Vaccination in Burma 1920-1933 - 1920-1933
Year: 1920
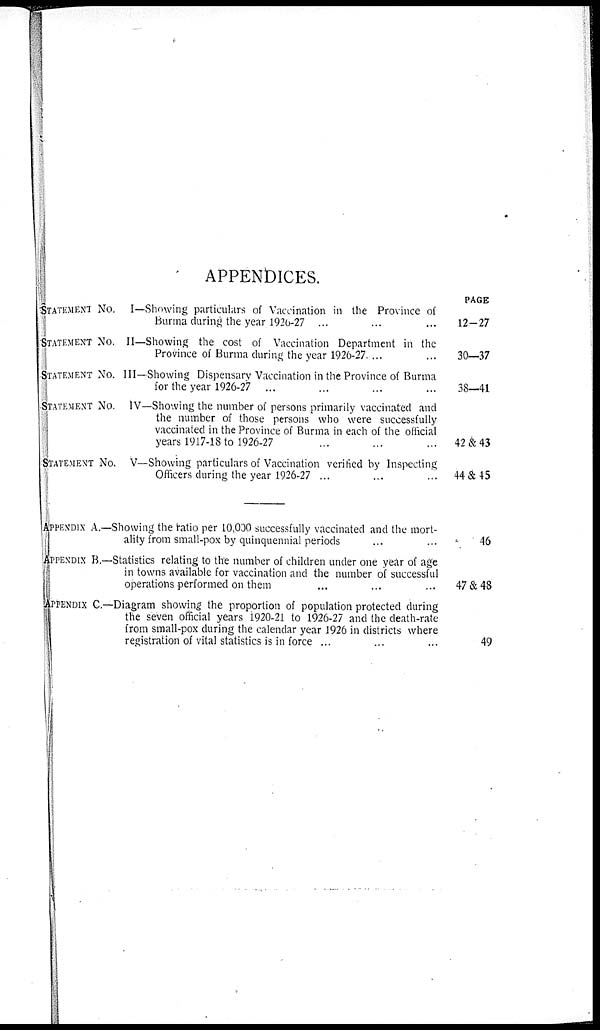
APPENDICES.
STATEMENT No. I—Showing particulars of Vaccination in the Province of
Burma during the year 1920-27 ... ... ...
STATEMENT No. II—Showing the cost of Vaccination Department in the
Province of Burma during the year 1926-27 ... ...
STATEMENT No. III—Showing Dispensary Vaccination in the Province of Burma
for the year 1926-27 ... ... ... ...
STATEMENT No. IV—Showing the number of persons primarily vaccinated and
the number of those persons who were successfully
vaccinated in the Province of Burma in each of the official
years 1917-18 to 1926-27 ... ... ...
STATEMENT No. V—Showing particulars of Vaccination verified by Inspecting
Officers during the year 1926-27 ... ... ...
APPENDIX A.—Showing the ratio per 10,030 successfully vaccinated and the mort-
ality from small-pox by quinquennial periods ... ...
APPENDIX B.—Statistics relating to the number of children under one year of age
in towns available for vaccination and the number of successful
operations performed on them ... ... ...
APPENDIX C—Diagram showing the proportion of population protected during
the seven official years 1920-21 to 1926-27 and the death-rate
from small-pox during the calendar year 1926 in districts where
registration of vital statistics is in force ... ... ...
PAGE
12-27
30—37
38-41
42 & 43
44 & 45
46
47 & 48
49